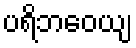
ပရိဘဝေယျ